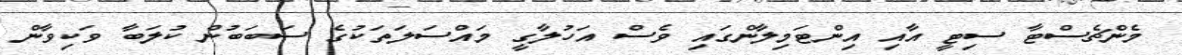
މެންޗެސްޓާ ސިޓީ އާއި އިންޓަމިލާންގައި ވެސް އަހުލާގީ މައްސަލަތަކުގެ ސަބަބުން ކުލަބާ ވަކިވާން